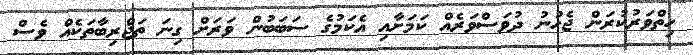
ހިތްވަރުކުރަން ޖެހުނު ދުވަސްވަރެއް ކަމަށާއި އެކަމުގެ ސަބަބުން ވަރަށް ގިނަ ތަޖްރިބާތަކެއް ވެސް